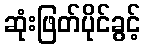
ဆုံးဖြတ်ပိုင်ခွင့်